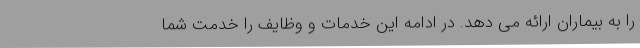
را به بیماران ارائه می دهد. در ادامه این خدمات و وظایف را خدمت شما